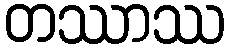
တဿာဿ